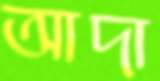
আদা